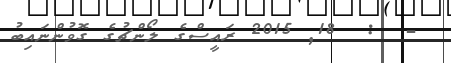
-  :  18